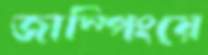
জাম্পিংয়ে